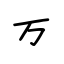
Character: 万